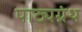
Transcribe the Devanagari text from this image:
पाठ्यग्रंथ